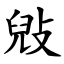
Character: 㪒